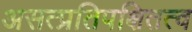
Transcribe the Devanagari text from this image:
असत्प्रतिपक्षितत्व